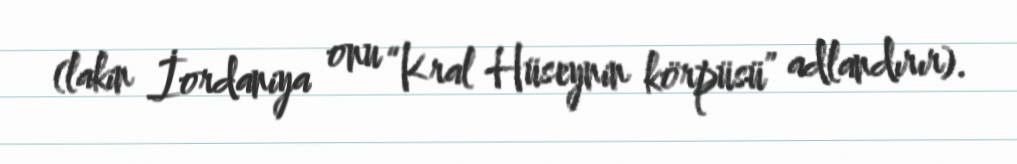
(lakin İordaniya onu “Kral Hüseynin körpüsü” adlandırır).